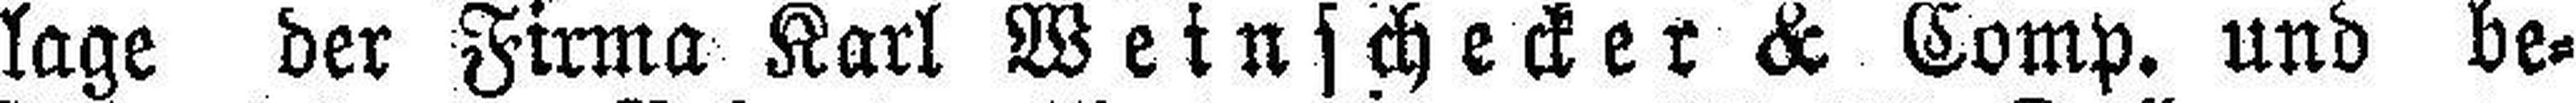
lage der Firma Karl Weinschecker & Comp. und be¬